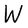
Character: W